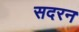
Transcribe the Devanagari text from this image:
सदरन